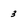
Character: 3